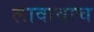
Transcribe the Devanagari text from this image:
लावावाच